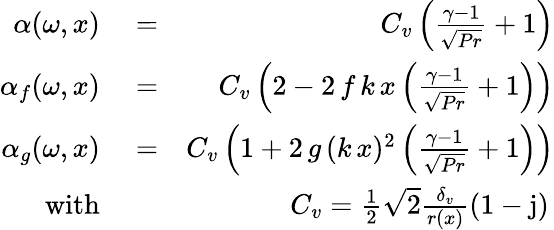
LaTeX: \begin{array}{rlr}{\alpha(\omega,x)}&{{}=}&{C_{v}\left(\frac{\gamma-1}{\sqrt{Pr}}+1\right)}\\ {\alpha_{f}(\omega,x)}&{{}=}&{C_{v}\left(2-2\, f\, k\, x\left(\frac{\gamma-1}{\sqrt{Pr}}+1\right)\right)}\\ {\alpha_{g}(\omega,x)}&{{}=}&{C_{v}\left(1+2\, g\, (k\, x)^{2}\left(\frac{\gamma-1}{\sqrt{Pr}}+1\right)\right)}\\ {\textrm{with}}&{{}}&{C_{v}=\frac{1}{2}\sqrt{2}\frac{\delta_{v}}{r(x)}(1-\mathrm{j})\, }\end{array}